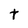
Character: t